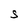
Character: S